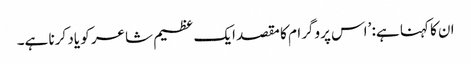
ان کا کہنا ہے: ’اس پروگرام کا مقصد ایک عظیم شاعر کو یاد کرنا ہے۔